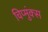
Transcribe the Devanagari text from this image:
चिप्मुंक्स